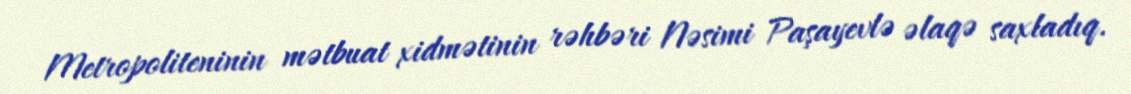
Metropoliteninin mətbuat xidmətinin rəhbəri Nəsimi Paşayevlə əlaqə saxladıq.